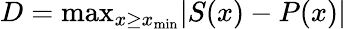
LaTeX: D=\textrm{max}_{x\geq x_{\textrm{min}}}|S(x)-P(x)|